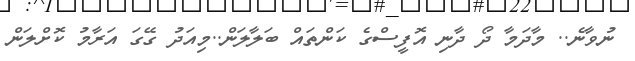
ނުވާނެ.. މާދަމާ ދޯ ދާނި އޮފީސްގެ ކަންތައް ބަލާލަން..މިއަދު ގޭގަ އަރާމު ކޮށްލަން